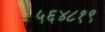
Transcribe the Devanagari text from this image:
५६४८१९